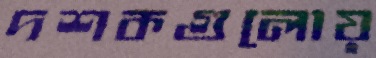
দশকগুলোয়